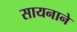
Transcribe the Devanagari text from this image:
सायनाने